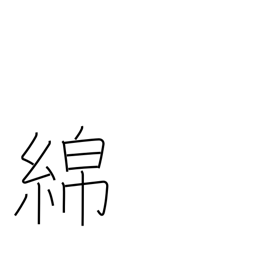
Meaning: cotton